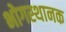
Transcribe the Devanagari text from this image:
भोगस्थानक